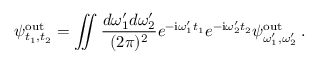
\psi _ { t _ { 1 } , t _ { 2 } } ^ { \mathrm { o u t } } = \iint \frac { d \omega _ { 1 } ^ { \prime } d \omega _ { 2 } ^ { \prime } } { ( 2 \pi ) ^ { 2 } } e ^ { - \mathrm { i } \omega _ { 1 } ^ { \prime } t _ { 1 } } e ^ { - \mathrm { i } \omega _ { 2 } ^ { \prime } t _ { 2 } } \psi _ { \omega _ { 1 } ^ { \prime } , \omega _ { 2 } ^ { \prime } } ^ { \mathrm { o u t } } \: .